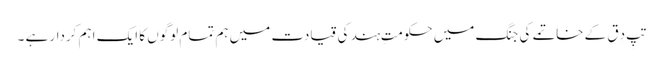
تَپِ دِق کے خاتمے کی جنگ میں حکومتِ ہند کی قیادت میں ہم تمام لوگوں کا ایک اہم کردار ہے ۔